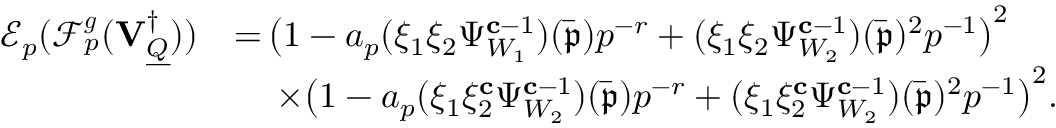
\begin{array} { r l } { \mathcal { E } _ { p } ( \mathscr { F } _ { p } ^ { { \boldsymbol { g } } } ( { \mathbf { V } _ { \underline { { Q } } } ^ { \dagger } } ) ) } & { = \, \bigr ( 1 - a _ { p } ( \xi _ { 1 } \xi _ { 2 } \Psi _ { W _ { 1 } } ^ { \mathbf { c } - 1 } ) ( \bar { \mathfrak { p } } ) p ^ { - r } + ( \xi _ { 1 } \xi _ { 2 } \Psi _ { W _ { 2 } } ^ { \mathbf { c } - 1 } ) ( \bar { \mathfrak { p } } ) ^ { 2 } p ^ { - 1 } \bigl ) ^ { 2 } } \\ & { \quad \, \times \bigr ( 1 - a _ { p } ( \xi _ { 1 } \xi _ { 2 } ^ { \mathbf { c } } \Psi _ { W _ { 2 } } ^ { \mathbf { c } - 1 } ) ( \bar { \mathfrak { p } } ) p ^ { - r } + ( \xi _ { 1 } \xi _ { 2 } ^ { \mathbf { c } } \Psi _ { W _ { 2 } } ^ { \mathbf { c } - 1 } ) ( \bar { \mathfrak { p } } ) ^ { 2 } p ^ { - 1 } \bigl ) ^ { 2 } . } \end{array}